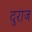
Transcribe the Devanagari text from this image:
दुराज